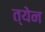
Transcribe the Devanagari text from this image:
त्येन